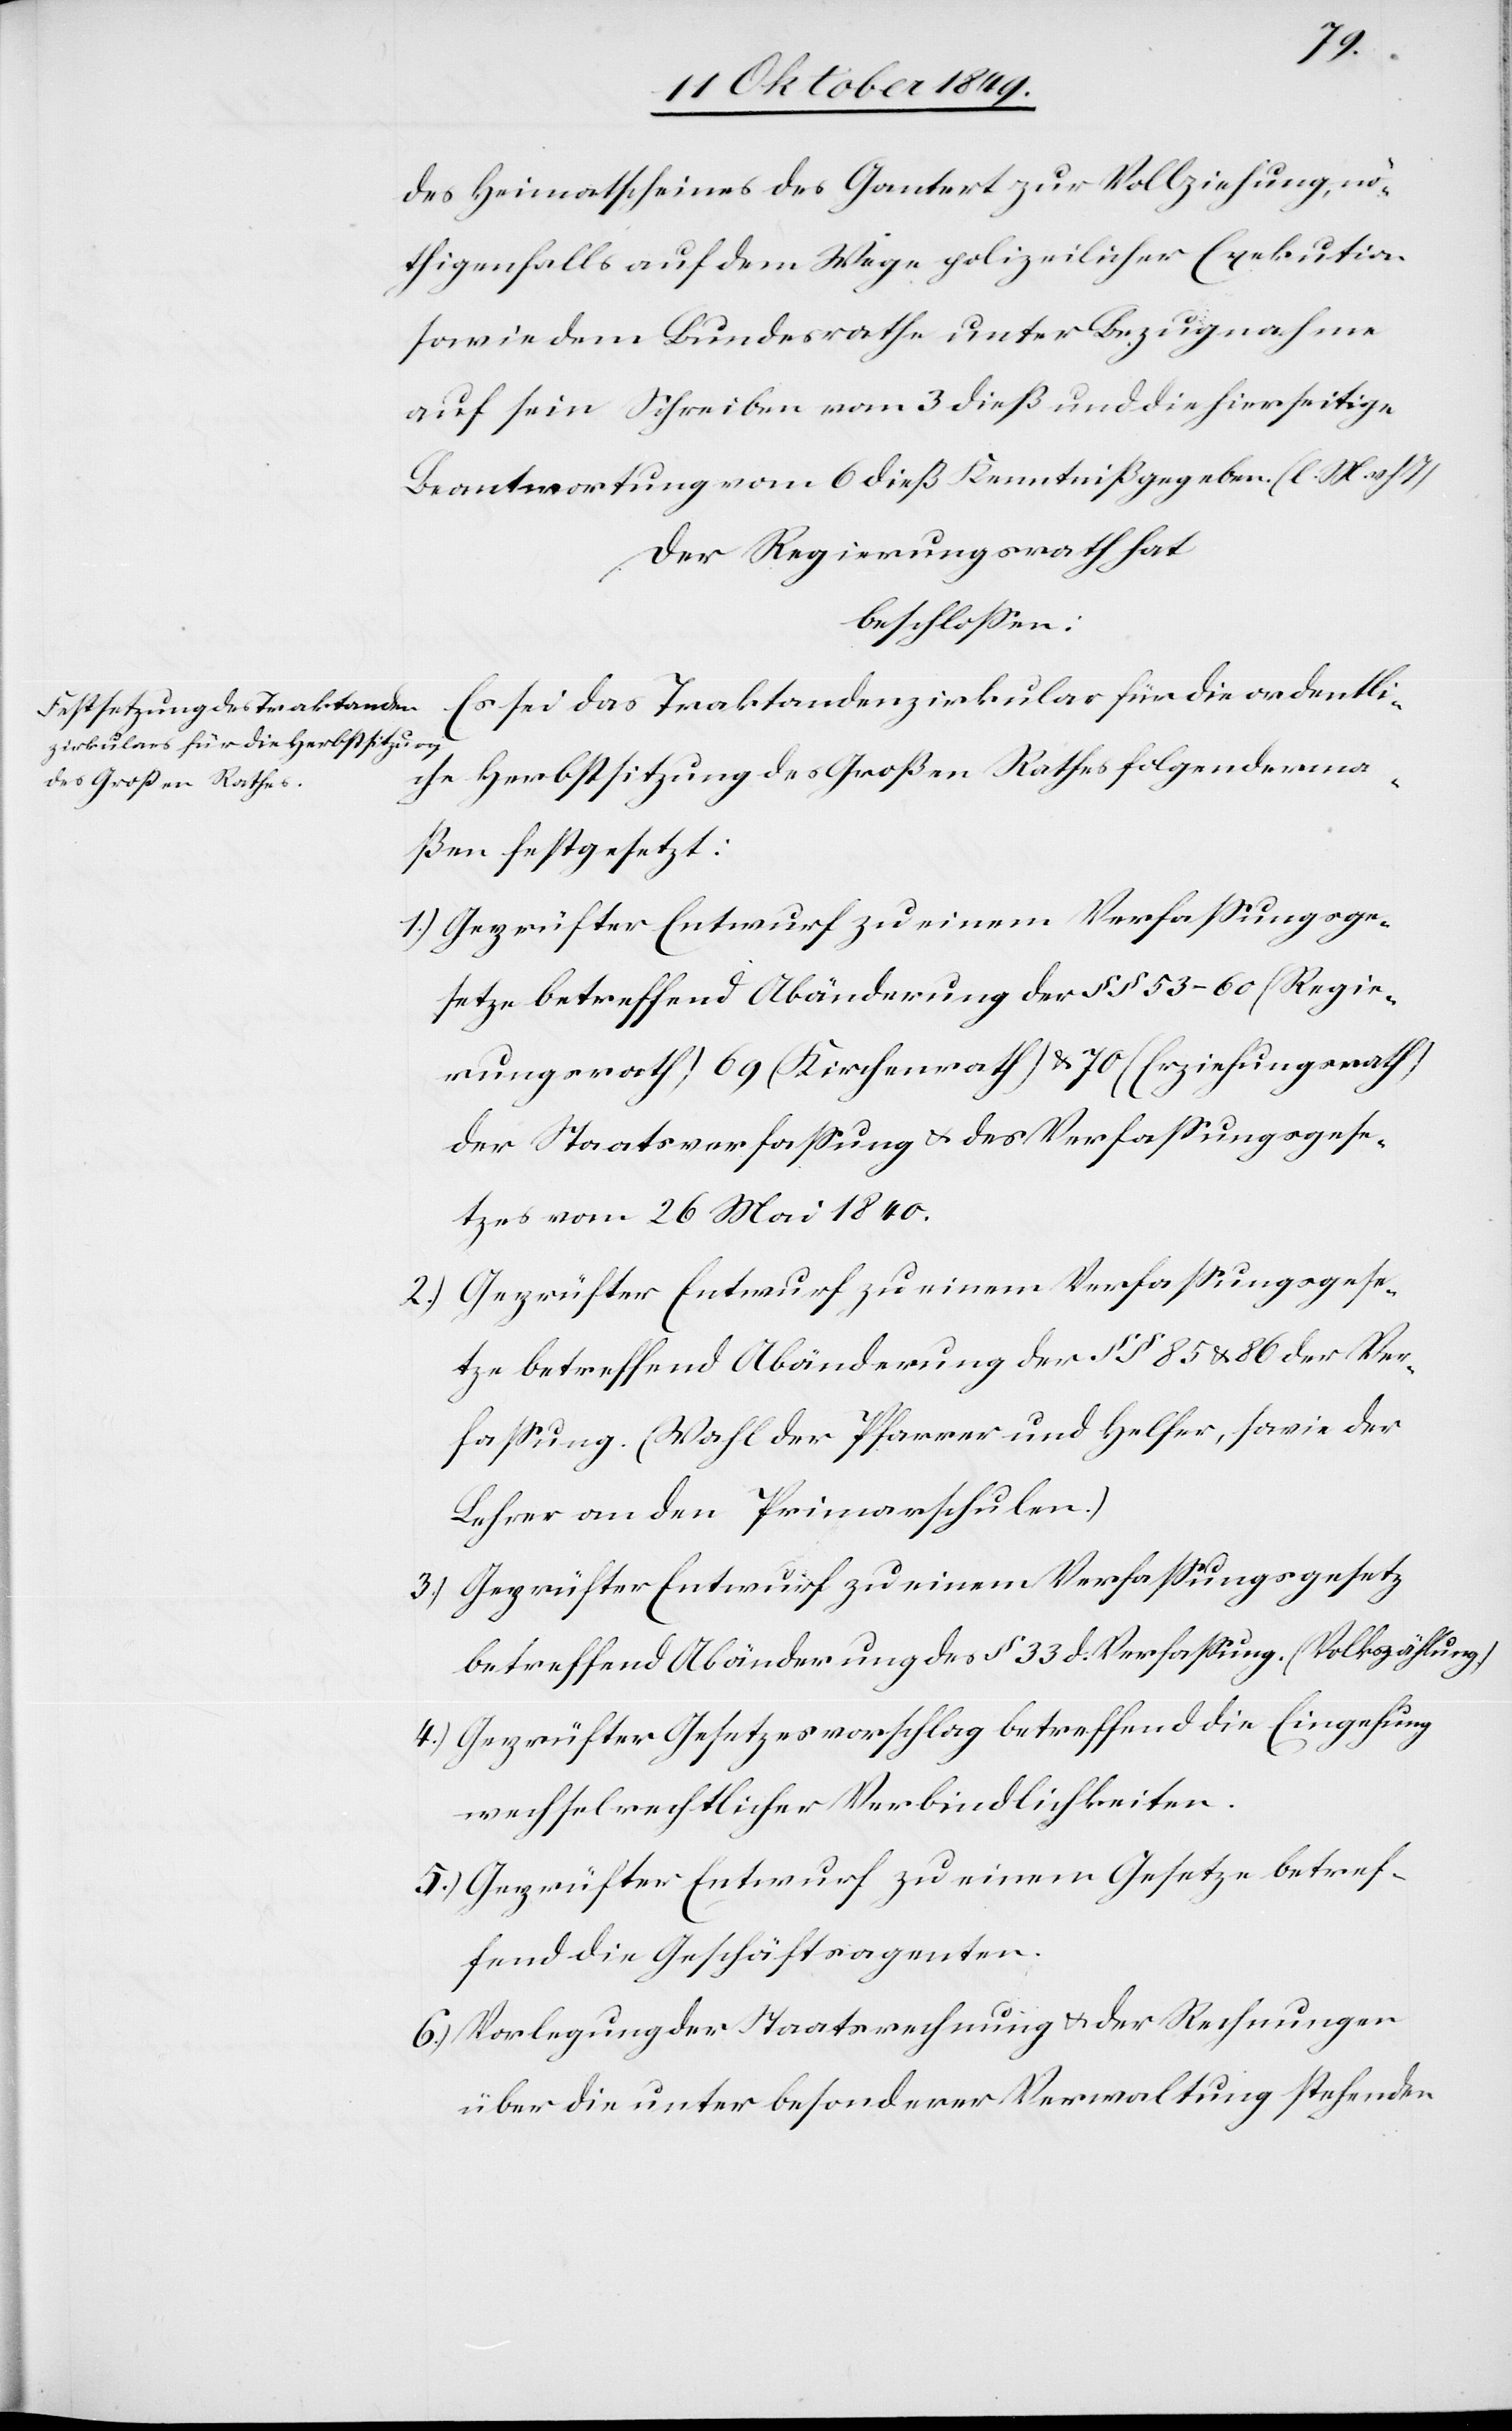
des Heimatscheines des Gantert zur Vollziehung, nö¬
thigenfalls auf dem Wege polizeilicher Exekution
sowie dem Bundesrathe unter Bezugnahme
auf sein Schreiben vom 3 dieß und die hierseitige
Beantwortung vom 6 dieß Kenntniß gegeben. [l. M. v.
Der Regierungsrath hat
beschloßen:
Es sei das Traktandenzirkular für die ordentli¬
che Herbstsitzung des Großen Rathes folgenderma¬
ßen festgesetzt:
1.) Geprüfter Entwurf zu einem Verfaßungsge¬
setze betreffend Änderung der §§ 53–60 (Regie¬
rungsrath) 69 (Kirchenrath) u. 70 (Erziehungsrath)
der Staatsverfaßung u. des Verfaßungsgese¬
tzes vom 26 Mai 1840.
2.) Geprüfter Entwurf zu einem Verfaßungsgese¬
tze betreffend Abänderung der §§ 85 u. 86 der Ver¬
faßung. (Wohl der Pfarrer und Helfer, sowie der
Lehrer an den Primarschulen.)
3.) Geprüfter Entwurf zu einem Verfaßungsgesetz
betreffend Abänderung des § 33 d. Verfaßung. (Volkszählung)
4.) Geprüfter Gesetzesvorschlag betreffend die Eingehung
wechselrechtlicher Verbindlichkeiten.
5.) Geprüfter Entwurf zu einem Gesetze betref¬
fend die Geschäftsagenten.
6.) Vorlegung der Staatsrechnung u. der Rechnungen
über die unter besonderer Verwaltung stehenden